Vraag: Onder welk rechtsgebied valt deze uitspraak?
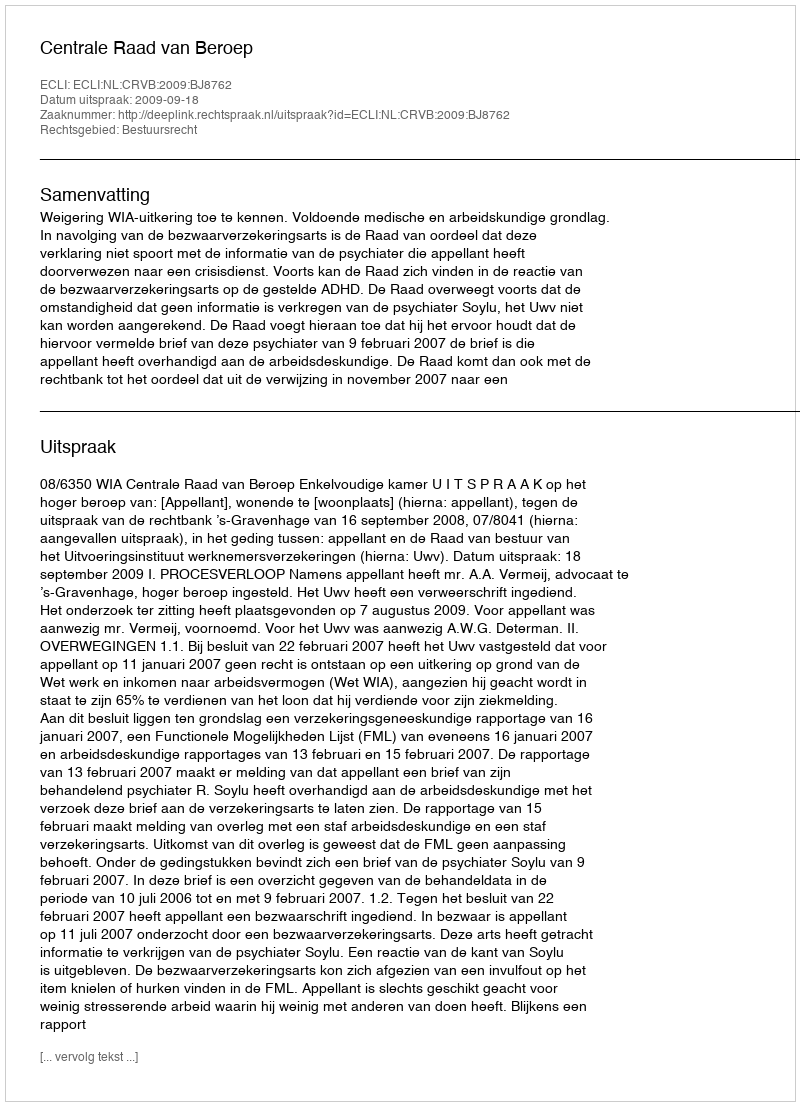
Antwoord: Bestuursrecht